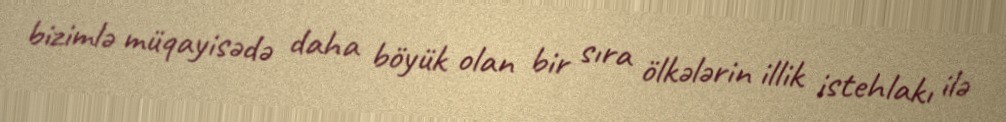
bizimlə müqayisədə daha böyük olan bir sıra ölkələrin illik istehlakı ilə